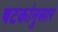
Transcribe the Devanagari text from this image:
षटकांनुसार